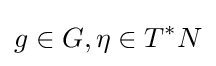
g\in G,\eta \in T^{*}N